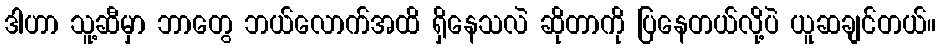
ဒါဟာ သူ့ဆီမှာ ဘာတွေ ဘယ်လောက်အထိ ရှိနေသလဲ ဆိုတာကို ပြနေတယ်လို့ပဲ ယူဆချင်တယ်။